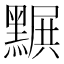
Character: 𪑩